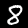
Digit: 8